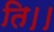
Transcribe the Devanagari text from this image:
ति।।